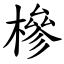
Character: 槮